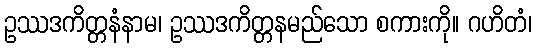
ဥဿဒကိတ္တနံနာမ၊ ဥဿဒကိတ္တနမည်သော စကားကို။ ဂဟိတံ၊